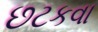
છટકવા